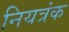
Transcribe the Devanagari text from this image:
नियत्रंक